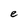
Character: e